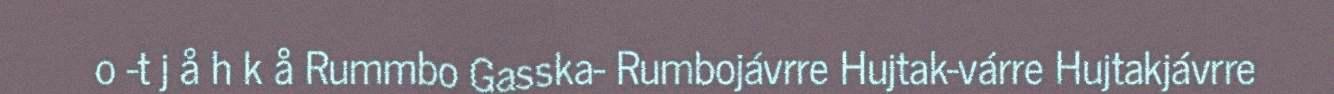
o -t j å h k å Rummbo Gasska- Rumbojávrre Hujtak-várre Hujtakjávrre